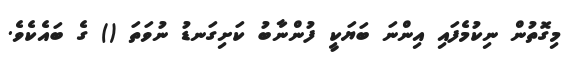
މިގޮތުން ނިކުމެފައި އިންނަ ބަޔަކީ ފުންނާބު ކަށިގަނޑު ނުވަތަ () ގެ ބައެކެވެ.